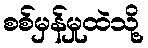
စစ်မှန်မှုထဲသို့